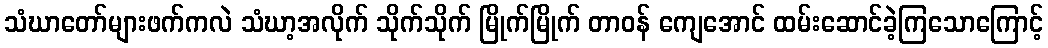
သံဃာတော်များဖက်ကလဲ သံဃာ့အလိုက် သိုက်သိုက် မြိုက်မြိုက် တာဝန် ကျေအောင် ထမ်းဆောင်ခဲ့ကြသောကြောင့်